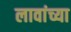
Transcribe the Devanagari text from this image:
लावांच्या